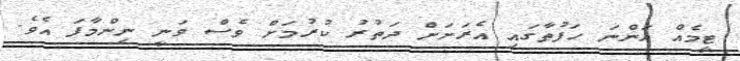
ޓީމެއް އަންނަ ހަފުތާގައި އެރަށަށް ދަތުރު ކުރުމަށް ވެސް ވަނީ ނިންމާފަ އެވެ.